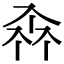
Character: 𠓪